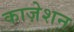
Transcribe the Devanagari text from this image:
काज़ेशन